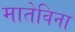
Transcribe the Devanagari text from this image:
मातेविना